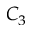
C _ { 3 }